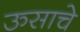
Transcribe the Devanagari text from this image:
ऊसाचे